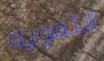
التمويه